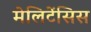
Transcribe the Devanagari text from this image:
मेलिटेंसिस